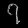
Digit: ၇